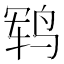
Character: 𱉱